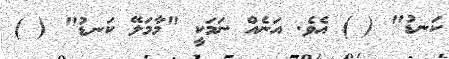
ކަނޑު" ( ) އެވެ. އަނެއް ނަމަކީ "މާމަލޭ ކަނޑު" ( )